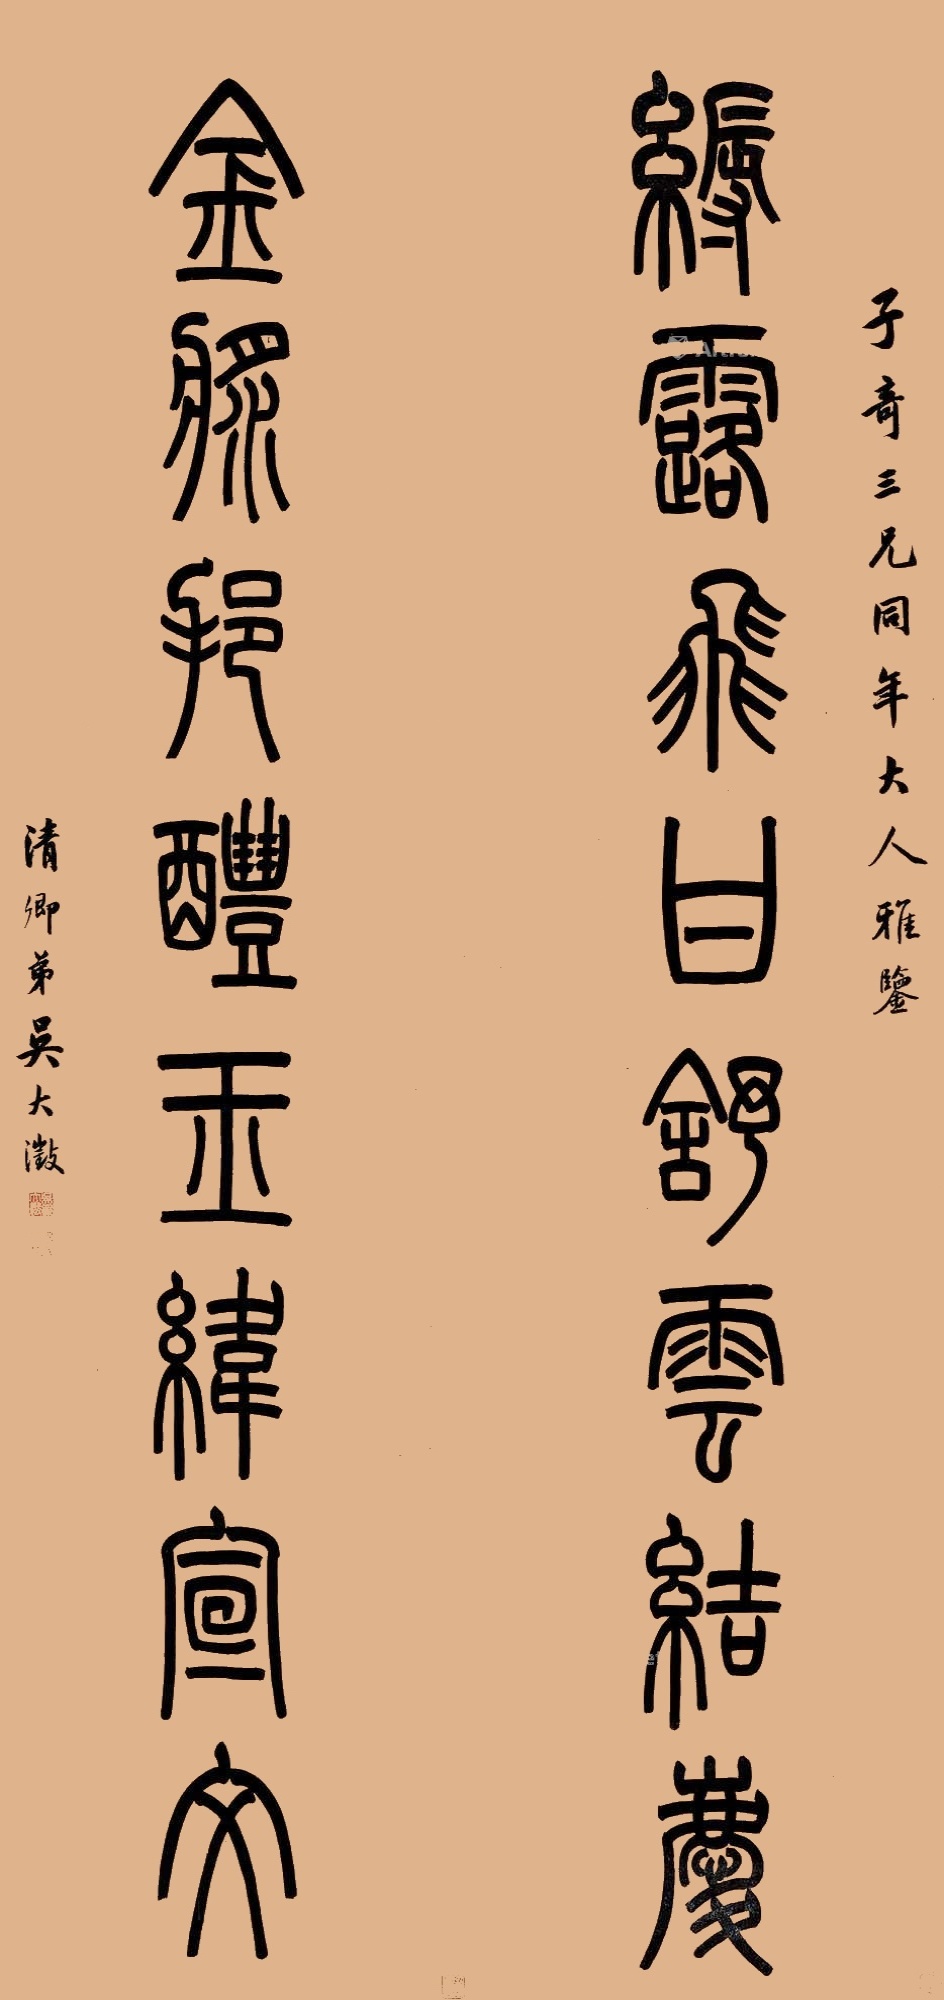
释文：缛露飞甘舒云结庆，金浆挹醴玉纬宣文。子奇三兄同年大人雅鉴。清卿弟吴大澂。